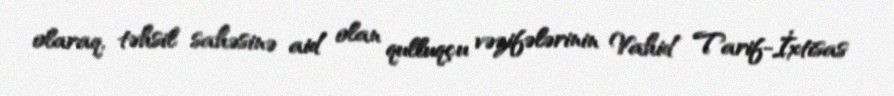
olaraq, təhsil sahəsinə aid olan qulluqçu vəzifələrinin Vahid Tarif-İxtisas